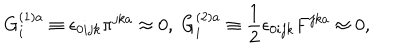
LaTeX: G _ { i } ^ { ( 1 ) a } \equiv \epsilon _ { 0 i j k } \pi ^ { j k a } \approx 0 , \; G _ { i } ^ { ( 2 ) a } \equiv \frac { 1 } { 2 } \epsilon _ { 0 i j k } F ^ { j k a } \approx 0 ,